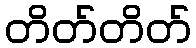
တိတ်တိတ်